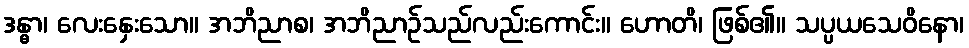
ဒန္ဓာ၊ လေးနှေးသော။ အဘိညာစ၊ အဘိညာဉ်သည်လည်းကောင်း။ ဟောတိ၊ ဖြစ်၏။ သပ္ပယသေဝိနော၊